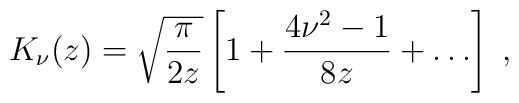
K_{\nu}(z) = \sqrt{\frac{\pi}{2z}}\left[ 1 + \frac{4\nu^2-1}{8z} + \ldots \right] \; ,